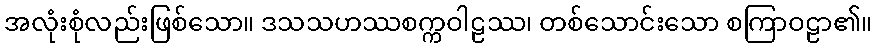
အလုံးစုံလည်းဖြစ်သော။ ဒသသဟဿစက္ကဝါဠဿ၊ တစ်သောင်းသော စကြာဝဠာ၏။